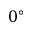
0 ^ { \circ }